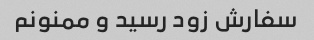
سفارش زود رسید و ممنونم